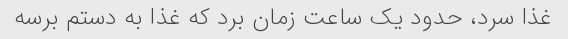
غذا سرد، ‌حدود یک ساعت زمان برد که غذا به دستم برسه